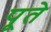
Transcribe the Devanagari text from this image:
पूते